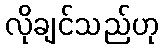
လိုချင်သည်ဟု